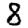
Digit: 8